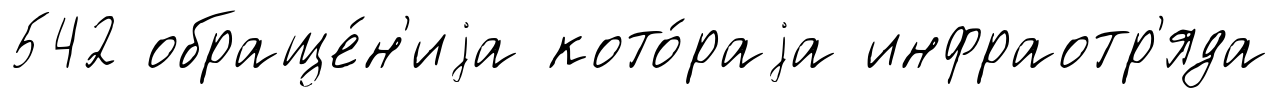
542 обраще́н'иjа кото́раjа инфраотр'яда